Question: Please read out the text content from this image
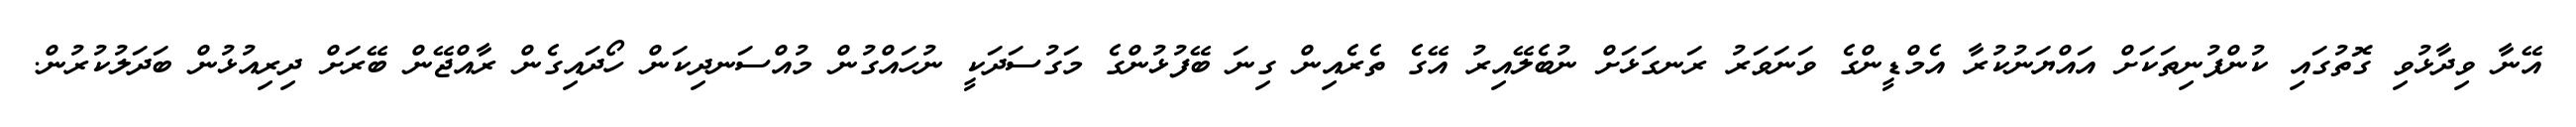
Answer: އޭނާ ވިދާޅުވި ގޮތުގައި ކުންފުނިތަކަށް އައްޔަނުކުރާ އެމްޑީންގެ ވަނަވަރު ރަނގަޅަށް ނުބެލޭއިރު އޭގެ ތެރެއިން ގިނަ ބޭފުޅުންގެ މަގުސަދަކީ ނުހައްގުން މުއްސަނދިކަން ހޯދައިގެން ރާއްޖޭން ބޭރަށް ދިރިއުޅުން ބަދަލުކުރުން.